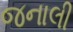
જનાલી